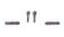
-"-